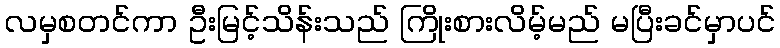
လမှစတင်ကာ ဦးမြင့်သိန်းသည် ကြိုးစားလိမ့်မည် မပြီးခင်မှာပင်